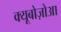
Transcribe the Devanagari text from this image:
क्यूबोज़ोआ